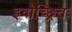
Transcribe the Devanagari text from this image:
इवोच्छ्रितः